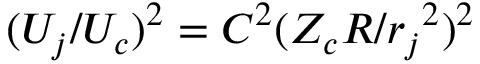
( U _ { j } / U _ { c } ) ^ { 2 } = C ^ { 2 } ( Z _ { c } R / { r _ { j } } ^ { 2 } ) ^ { 2 }